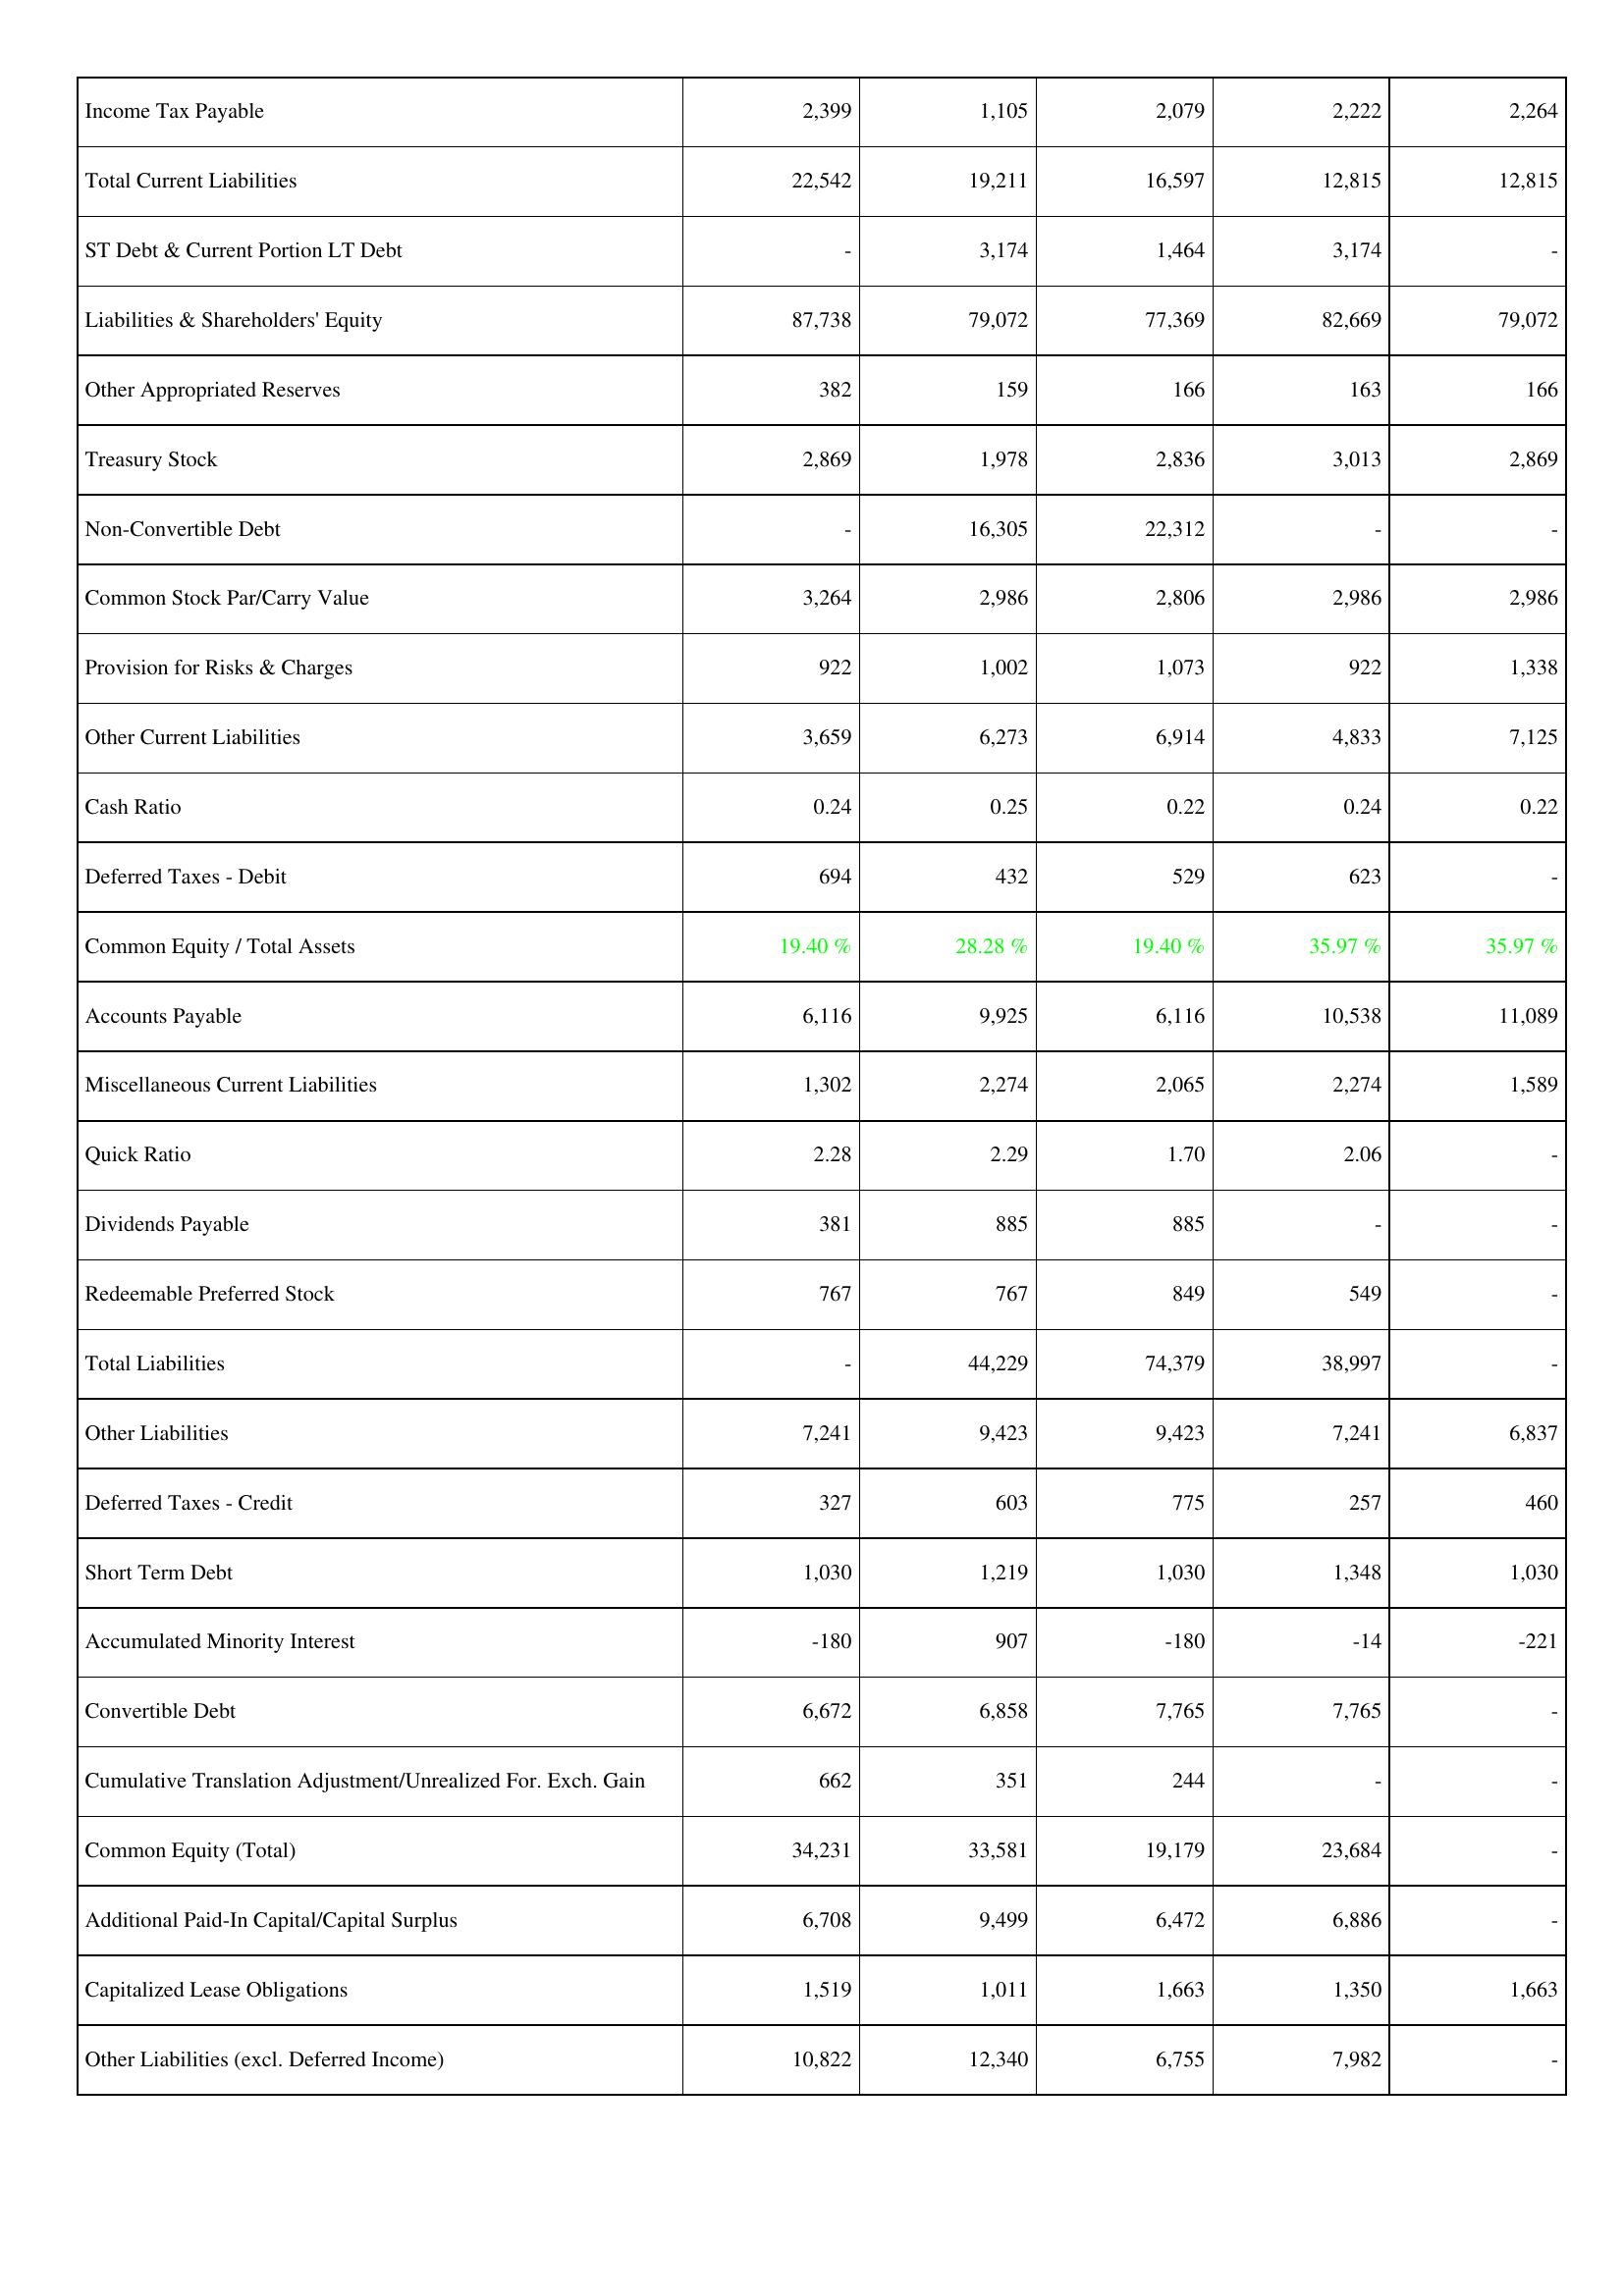
2013: Liabilities & Shareholders' Equity: Income Tax Payable: 2,399
Total Current Liabilities: 22,542
ST Debt & Current Portion LT Debt: -
Liabilities & Shareholders' Equity: 87,738
Other Appropriated Reserves: 382
Treasury Stock: 2,869
Non-Convertible Debt: -
Common Stock Par/Carry Value: 3,264
Provision for Risks & Charges: 922
Other Current Liabilities: 3,659
Cash Ratio: 0.24
Deferred Taxes - Debit: 694
Common Equity / Total Assets: 19.40 %
Accounts Payable: 6,116
Miscellaneous Current Liabilities: 1,302
Quick Ratio: 2.28
Dividends Payable: 381
Redeemable Preferred Stock: 767
Total Liabilities: -
Other Liabilities: 7,241
Deferred Taxes - Credit: 327
Short Term Debt: 1,030
Accumulated Minority Interest: -180
Convertible Debt: 6,672
Cumulative Translation Adjustment/Unrealized For. Exch. Gain: 662
Common Equity (Total): 34,231
Additional Paid-In Capital/Capital Surplus: 6,708
Capitalized Lease Obligations: 1,519
Other Liabilities (excl. Deferred Income): 10,822
2014: Liabilities & Shareholders' Equity: Income Tax Payable: 1,105
Total Current Liabilities: 19,211
ST Debt & Current Portion LT Debt: 3,174
Liabilities & Shareholders' Equity: 79,072
Other Appropriated Reserves: 159
Treasury Stock: 1,978
Non-Convertible Debt: 16,305
Common Stock Par/Carry Value: 2,986
Provision for Risks & Charges: 1,002
Other Current Liabilities: 6,273
Cash Ratio: 0.25
Deferred Taxes - Debit: 432
Common Equity / Total Assets: 28.28 %
Accounts Payable: 9,925
Miscellaneous Current Liabilities: 2,274
Quick Ratio: 2.29
Dividends Payable: 885
Redeemable Preferred Stock: 767
Total Liabilities: 44,229
Other Liabilities: 9,423
Deferred Taxes - Credit: 603
Short Term Debt: 1,219
Accumulated Minority Interest: 907
Convertible Debt: 6,858
Cumulative Translation Adjustment/Unrealized For. Exch. Gain: 351
Common Equity (Total): 33,581
Additional Paid-In Capital/Capital Surplus: 9,499
Capitalized Lease Obligations: 1,011
Other Liabilities (excl. Deferred Income): 12,340
2015: Liabilities & Shareholders' Equity: Income Tax Payable: 2,079
Total Current Liabilities: 16,597
ST Debt & Current Portion LT Debt: 1,464
Liabilities & Shareholders' Equity: 77,369
Other Appropriated Reserves: 166
Treasury Stock: 2,836
Non-Convertible Debt: 22,312
Common Stock Par/Carry Value: 2,806
Provision for Risks & Charges: 1,073
Other Current Liabilities: 6,914
Cash Ratio: 0.22
Deferred Taxes - Debit: 529
Common Equity / Total Assets: 19.40 %
Accounts Payable: 6,116
Miscellaneous Current Liabilities: 2,065
Quick Ratio: 1.70
Dividends Payable: 885
Redeemable Preferred Stock: 849
Total Liabilities: 74,379
Other Liabilities: 9,423
Deferred Taxes - Credit: 775
Short Term Debt: 1,030
Accumulated Minority Interest: -180
Convertible Debt: 7,765
Cumulative Translation Adjustment/Unrealized For. Exch. Gain: 244
Common Equity (Total): 19,179
Additional Paid-In Capital/Capital Surplus: 6,472
Capitalized Lease Obligations: 1,663
Other Liabilities (excl. Deferred Income): 6,755
2016: Liabilities & Shareholders' Equity: Income Tax Payable: 2,222
Total Current Liabilities: 12,815
ST Debt & Current Portion LT Debt: 3,174
Liabilities & Shareholders' Equity: 82,669
Other Appropriated Reserves: 163
Treasury Stock: 3,013
Non-Convertible Debt: -
Common Stock Par/Carry Value: 2,986
Provision for Risks & Charges: 922
Other Current Liabilities: 4,833
Cash Ratio: 0.24
Deferred Taxes - Debit: 623
Common Equity / Total Assets: 35.97 %
Accounts Payable: 10,538
Miscellaneous Current Liabilities: 2,274
Quick Ratio: 2.06
Dividends Payable: -
Redeemable Preferred Stock: 549
Total Liabilities: 38,997
Other Liabilities: 7,241
Deferred Taxes - Credit: 257
Short Term Debt: 1,348
Accumulated Minority Interest: -14
Convertible Debt: 7,765
Cumulative Translation Adjustment/Unrealized For. Exch. Gain: -
Common Equity (Total): 23,684
Additional Paid-In Capital/Capital Surplus: 6,886
Capitalized Lease Obligations: 1,350
Other Liabilities (excl. Deferred Income): 7,982
2017: Liabilities & Shareholders' Equity: Income Tax Payable: 2,264
Total Current Liabilities: 12,815
ST Debt & Current Portion LT Debt: -
Liabilities & Shareholders' Equity: 79,072
Other Appropriated Reserves: 166
Treasury Stock: 2,869
Non-Convertible Debt: -
Common Stock Par/Carry Value: 2,986
Provision for Risks & Charges: 1,338
Other Current Liabilities: 7,125
Cash Ratio: 0.22
Deferred Taxes - Debit: -
Common Equity / Total Assets: 35.97 %
Accounts Payable: 11,089
Miscellaneous Current Liabilities: 1,589
Quick Ratio: -
Dividends Payable: -
Redeemable Preferred Stock: -
Total Liabilities: -
Other Liabilities: 6,837
Deferred Taxes - Credit: 460
Short Term Debt: 1,030
Accumulated Minority Interest: -221
Convertible Debt: -
Cumulative Translation Adjustment/Unrealized For. Exch. Gain: -
Common Equity (Total): -
Additional Paid-In Capital/Capital Surplus: -
Capitalized Lease Obligations: 1,663
Other Liabilities (excl. Deferred Income): -